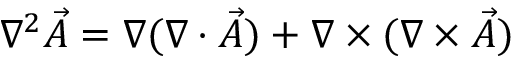
\nabla ^ { 2 } { \vec { A } } = \nabla ( \nabla \cdot { \vec { A } } ) + \nabla \times ( \nabla \times { \vec { A } } )